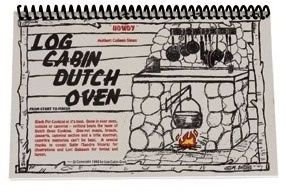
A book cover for Log Cabin Dutch Oven; Sloan. Colleen; Cookbooks, Food & Wine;